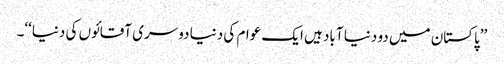
’’پاکستان میں دو دنیا آباد ہیں ایک عوام کی دنیا دوسری آقائوں کی دنیا‘‘۔